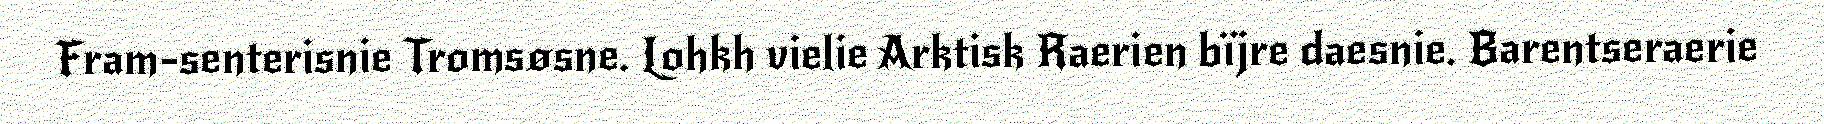
Fram-senterisnie Tromsøsne. Lohkh vielie Arktisk Raerien bïjre daesnie. Barentseraerie